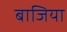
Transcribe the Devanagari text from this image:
बाजिया